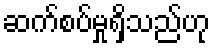
ဆက်စပ်မှုရှိသည်ဟု